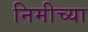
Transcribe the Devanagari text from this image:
निमीच्या